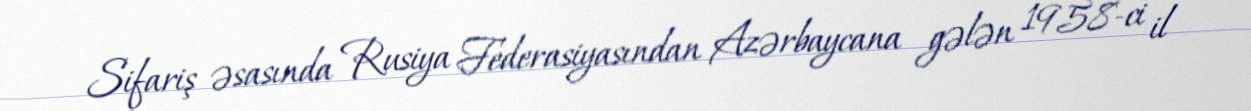
Sifariş əsasında Rusiya Federasiyasından Azərbaycana gələn 1958-ci il